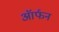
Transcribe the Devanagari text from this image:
ऑर्फन